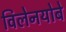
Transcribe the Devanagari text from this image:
विलेनयोबे